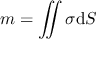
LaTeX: m = \iint \sigma \mathrm { d } S